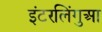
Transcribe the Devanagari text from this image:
इंटरलिंगुआ